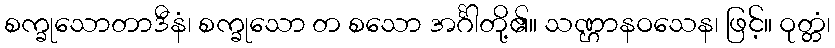
စက္ခုသောတာဒီနံ၊ စက္ခုသော တ စသော အင်္ဂါတို့၏။ သဏ္ဌာနဝသေန၊ ဖြင့်။ ဝုတ္တံ၊